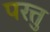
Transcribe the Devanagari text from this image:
परत्तु